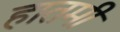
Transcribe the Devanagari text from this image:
हातमी